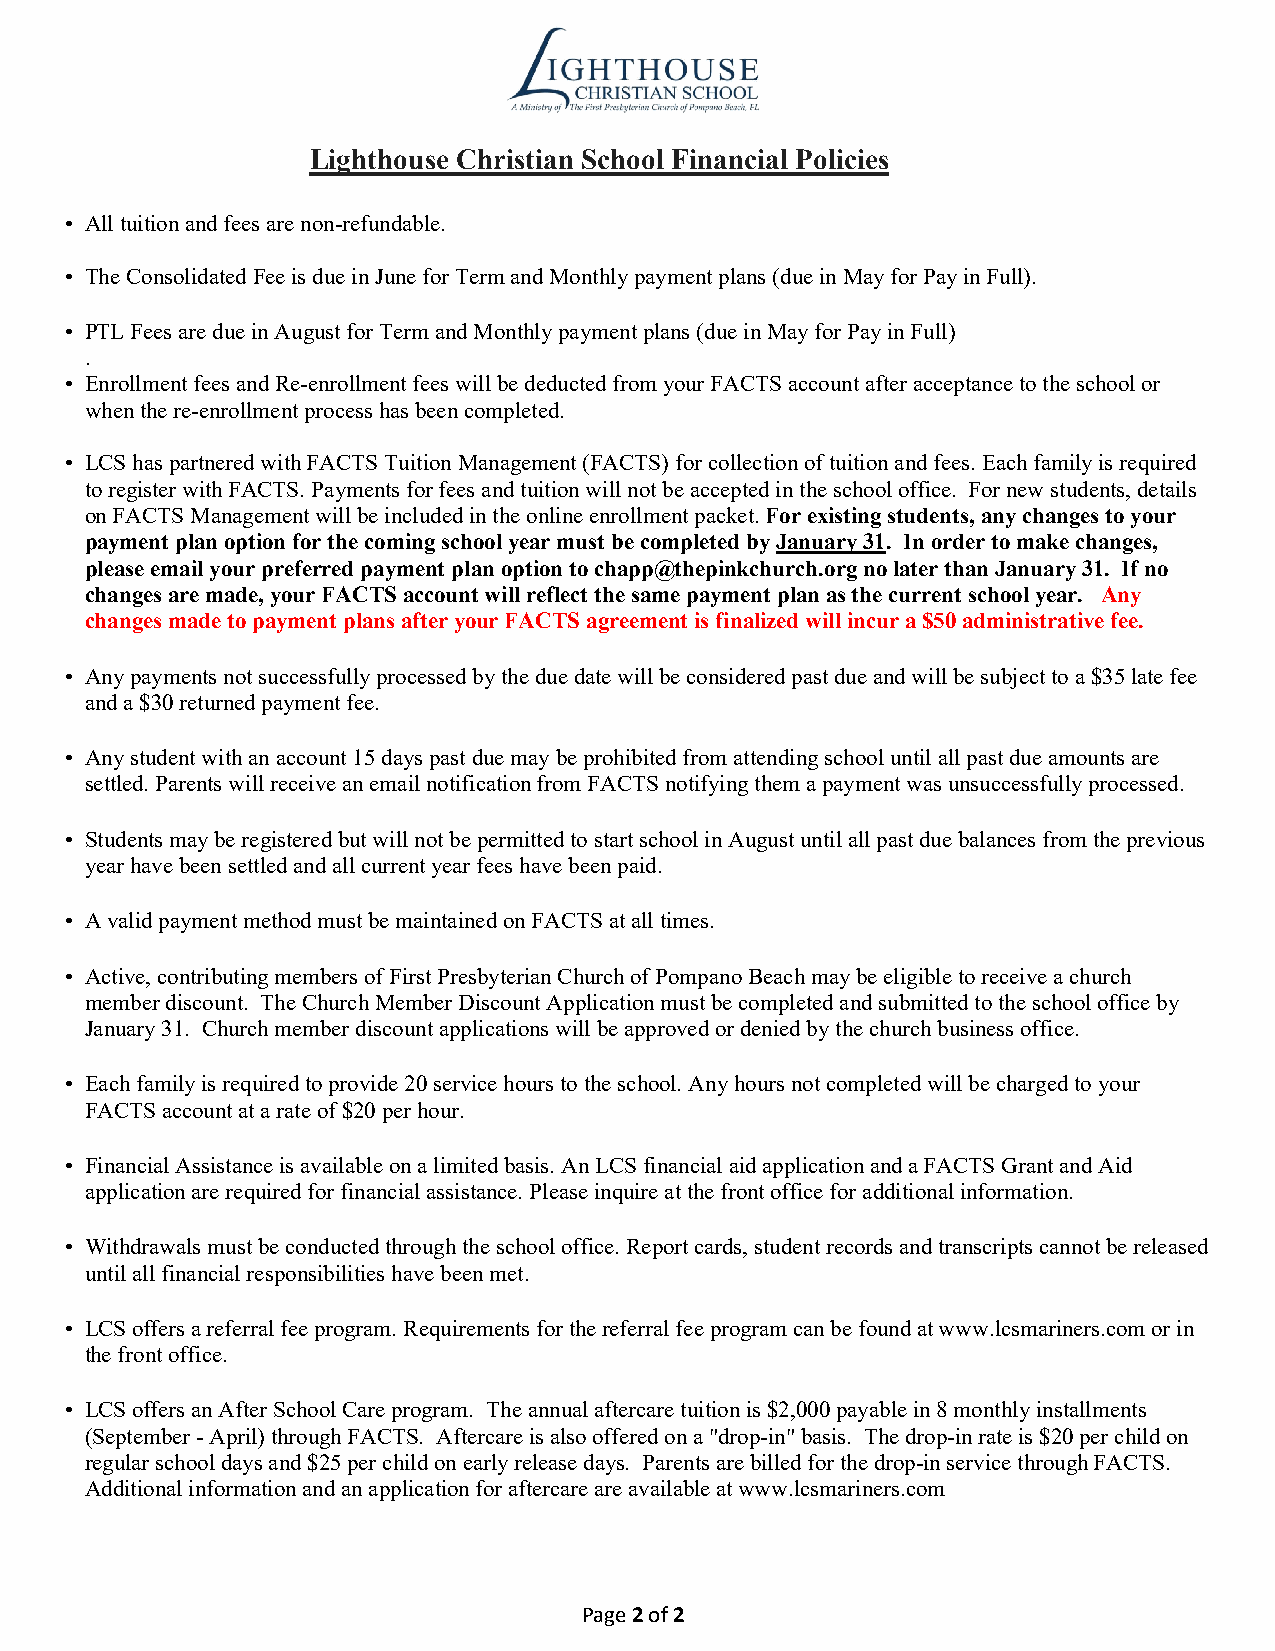
Lighthouse Christian School Financial Policies
 • All tuition and fees are non-refundable.
 • The Consolidated Fee is due in June for Term and Monthly payment plans (due in May for Pay in Full).
 • PTL Fees are due in August for Term and Monthly payment plans (due in May for Pay in Full)
 .
 • Enrollment fees and Re-enrollment fees will be deducted from your FACTS account after acceptance to the school or
 when the re-enrollment process has been completed.
 • LCS has partnered with FACTS Tuition Management (FACTS) for collection of tuition and fees. Each family is required
 to register with FACTS. Payments for fees and tuition will not be accepted in the school office. For new students, details
 on FACTS Management will be included in the online enrollment packet. For existing students, any changes to your
 payment plan option for the coming school year must be completed by January 31. In order to make changes,
 please email your preferred payment plan option to chapp@thepinkchurch.org no later than January 31. If no
 changes are made, your FACTS account will reflect the same payment plan as the current school year. Any
 changes made to payment plans after your FACTS agreement is finalized will incur a $50 administrative fee.
 • Any payments not successfully processed by the due date will be considered past due and will be subject to a $35 late fee
 and a $30 returned payment fee.
 • Any student with an account 15 days past due may be prohibited from attending school until all past due amounts are
 settled. Parents will receive an email notification from FACTS notifying them a payment was unsuccessfully processed.
 • Students may be registered but will not be permitted to start school in August until all past due balances from the previous
 year have been settled and all current year fees have been paid.
 • A valid payment method must be maintained on FACTS at all times.
 • Active, contributing members of First Presbyterian Church of Pompano Beach may be eligible to receive a church
 member discount. The Church Member Discount Application must be completed and submitted to the school office by
 January 31. Church member discount applications will be approved or denied by the church business office.
 • Each family is required to provide 20 service hours to the school. Any hours not completed will be charged to your
 FACTS account at a rate of $20 per hour.
 • Financial Assistance is available on a limited basis. An LCS financial aid application and a FACTS Grant and Aid
 application are required for financial assistance. Please inquire at the front office for additional information.
 • Withdrawals must be conducted through the school office. Report cards, student records and transcripts cannot be released
 until all financial responsibilities have been met.
 • LCS offers a referral fee program. Requirements for the referral fee program can be found at www.lcsmariners.com or in
 the front office.
 • LCS offers an After School Care program. The annual aftercare tuition is $2,000 payable in 8 monthly installments
 (September - April) through FACTS. Aftercare is also offered on a "drop-in" basis. The drop-in rate is $20 per child on
 regular school days and $25 per child on early release days. Parents are billed for the drop-in service through FACTS.
 Additional information and an application for aftercare are available at www.lcsmariners.com
 Page 2 of 2